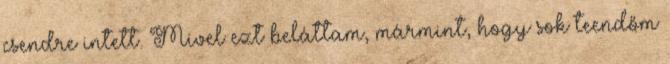
csendre intett. Mivel ezt beláttam, mármint, hogy sok teendőm